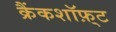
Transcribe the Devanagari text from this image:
क्रैंकशॉफ़्ट